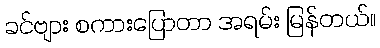
ခင်ဗျား စကားပြောတာ အရမ်း မြန်တယ်။